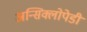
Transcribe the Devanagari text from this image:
अन्सिक्लोपेडी